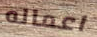
اعماله